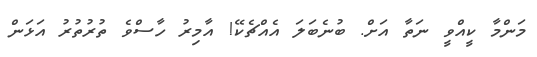
މަންމާ ކީއްވީ ނަތާ އަށް. ބުނެބަލަ އެއްޗެކޭ! އާމިރު ހާސްވެ ތުރުތުރު އަޅަން